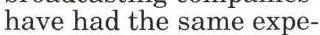
have had the same expe-